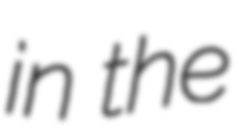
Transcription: in the